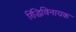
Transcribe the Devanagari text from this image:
रिद्धिविनायक